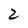
Character: 2